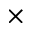
\times